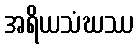
အရိယသံဃဿ